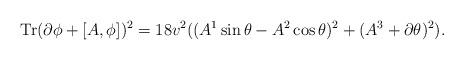
LaTeX: \begin{align*}{\rm Tr}(\partial\phi+[A,\phi])^2=18 v^2 ((A^1 \sin\theta-A^2\cos\theta)^2 + (A^3 +\partial\theta)^2).\end{align*}